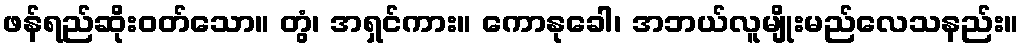
ဖန်ရည်ဆိုးဝတ်သော။ တွံ၊ အရှင်ကား။ ကောနုခေါ၊ အဘယ်လူမျိုးမည်လေသနည်း။